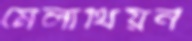
মেলাথিয়ন